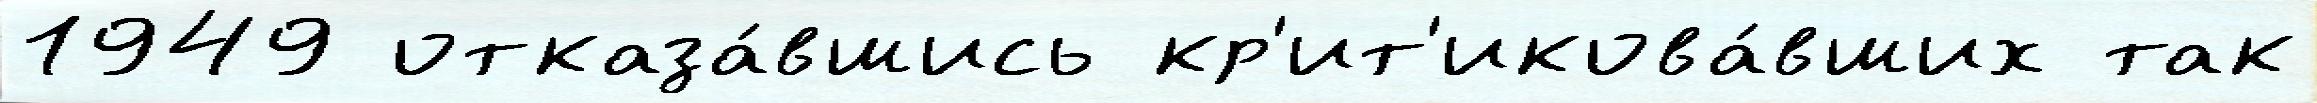
1949 отказа́вшись кр'ит'икова́вших так